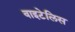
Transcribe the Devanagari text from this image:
वाइटेलिस